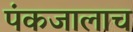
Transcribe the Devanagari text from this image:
पंकजालाच